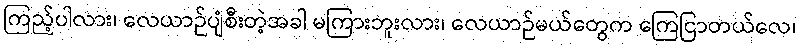
ကြည့်ပါလား၊ လေယာဉ်ပျံစီးတဲ့အခါ မကြားဘူးလား၊ လေယာဉ်မယ်တွေက ကြေငြာတယ်လေ၊